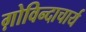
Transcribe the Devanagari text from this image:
ग़ोविन्दाचार्य